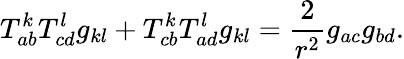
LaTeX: T_{ab}^{k}T_{cd}^{l}g_{kl}+T_{cb}^{k}T_{ad}^{l}g_{kl}=\frac 2{r^{2}}g_{ac}g_{bd}.